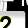
Digit: 2